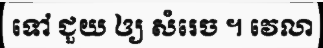
ទៅ ជួយ ឲ្យ សំរេច ។ វេលា